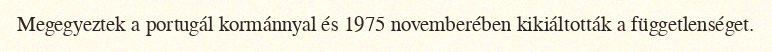
Megegyeztek a portugál kormánnyal és 1975 novemberében kikiáltották a függetlenséget.